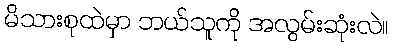
မိသားစုထဲမှာ ဘယ်သူကို အလွမ်းဆုံးလဲ။